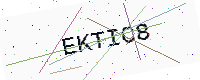
Text: EKTIC8